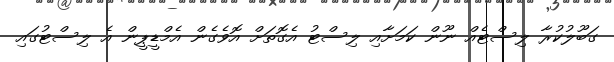
ގަބޫލުކުރާ ލިސްޓެއް ނޫން ކަމަށާއި ލިސްޓު އެގޮތަށް އޮވެގެން އެމްޑީޕީން އެ ލިސްޓުގައި